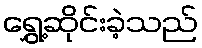
ရွှေ့ဆိုင်းခဲ့သည်